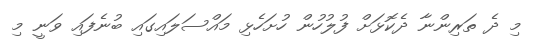
މި ދެ ތަރިންނާ ދެކޮޅަށް ފުލުހުން ހުށަހެޅި މައްސަލައިގައި ބުނެފައި ވަނީ މި